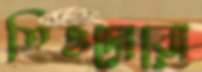
তিওদোরো